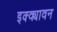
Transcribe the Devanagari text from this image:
इक्क्यावन